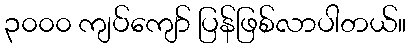
၃၀၀၀ ကျပ်ကျော် ပြန်ဖြစ်လာပါတယ်။